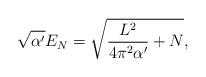
LaTeX: \begin{align*}\sqrt{\alpha'}E_N=\sqrt{\frac{L^2}{4\pi^2\alpha'}+N},\end{align*}